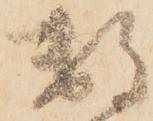
数